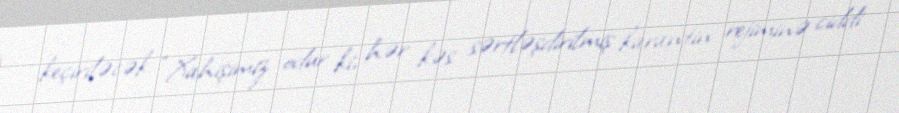
keçiriləcək: “Xahişimiz odur ki, hər kəs sərtləşdirilmiş karantin rejiminə ciddi